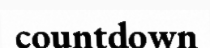
countdown